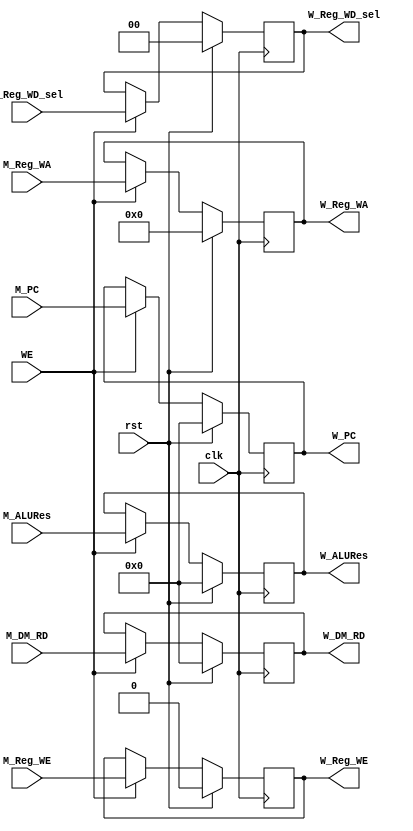
module W_Reg (
    input wire clk,
    input wire rst,
    input wire WE,

    input wire [31:0] M_PC,

    input wire [31:0] M_ALURes,
    input wire [31:0] M_DM_RD,
    input wire M_Reg_WE,
    input wire [4:0] M_Reg_WA,
    input wire [1:0] M_Reg_WD_sel,
    
    output reg [31:0] W_PC,

    output reg [31:0] W_ALURes,
    output reg [31:0] W_DM_RD,
    output reg W_Reg_WE,
    output reg [4:0] W_Reg_WA,
    output reg [1:0] W_Reg_WD_sel
);
    always @(posedge clk ) begin
        if (rst) begin 
            W_PC <= 0;
            W_ALURes <= 0;
            W_DM_RD <= 0;
            W_Reg_WE <= 0;
            W_Reg_WA <= 0;
            W_Reg_WD_sel <= 0;
        end
        else if (WE) begin
            W_PC <= M_PC;
            W_ALURes <= M_ALURes;
            W_DM_RD <= M_DM_RD;
            W_Reg_WE <= M_Reg_WE;
            W_Reg_WA <= M_Reg_WA;
            W_Reg_WD_sel <= M_Reg_WD_sel;
        end
    end
endmodule